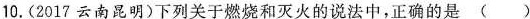
10.(2017云南昆明)下列关于燃烧和灭火的说法中，正确的是()